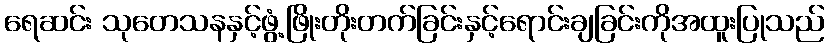
ရေဆင်း သုတေသနနှင့်ဖွံ့ဖြိုးတိုးတက်ခြင်းနှင့်ရောင်းချခြင်းကိုအထူးပြုသည်